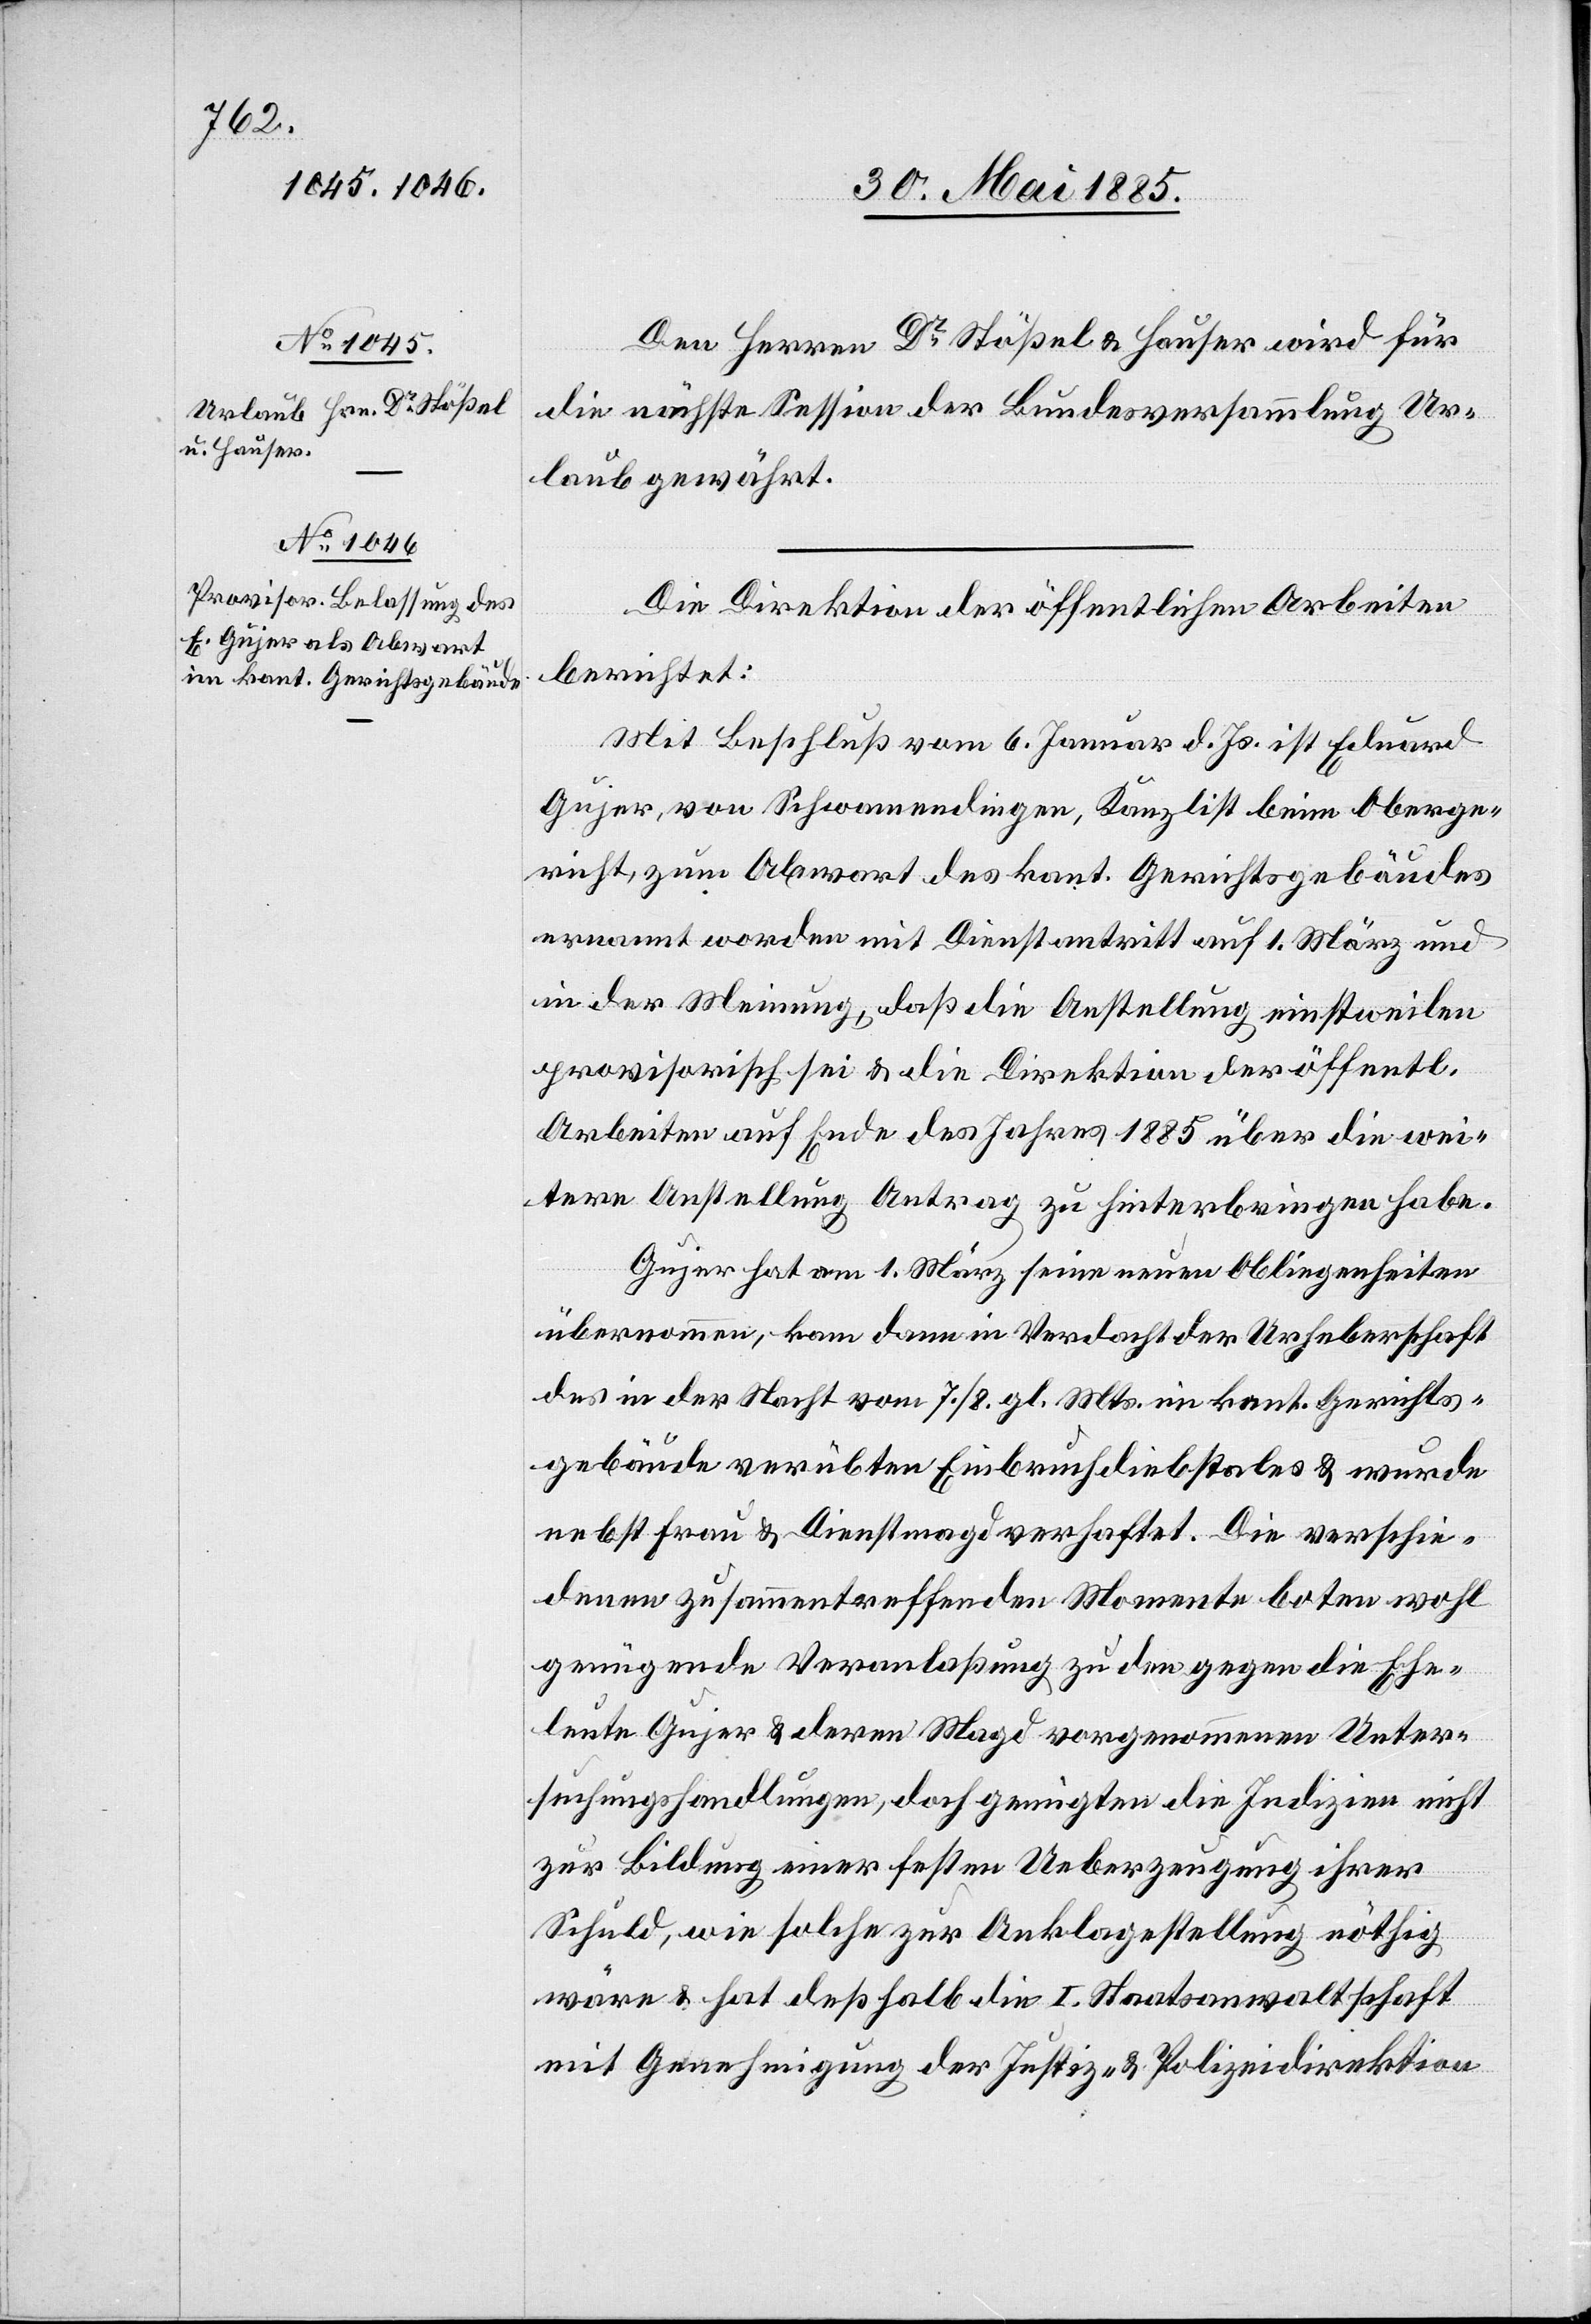
Den Herren Dr Stößel & Hauser wird für
die nächste Session der Bundesversammlung Ur¬
laub gewährt.